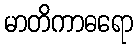
မာတိကာဓရော